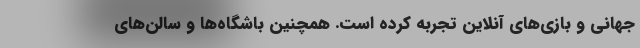
جهانی و بازی‌های آنلاین تجربه کرده است. همچنین باشگاه‌ها و سالن‌های